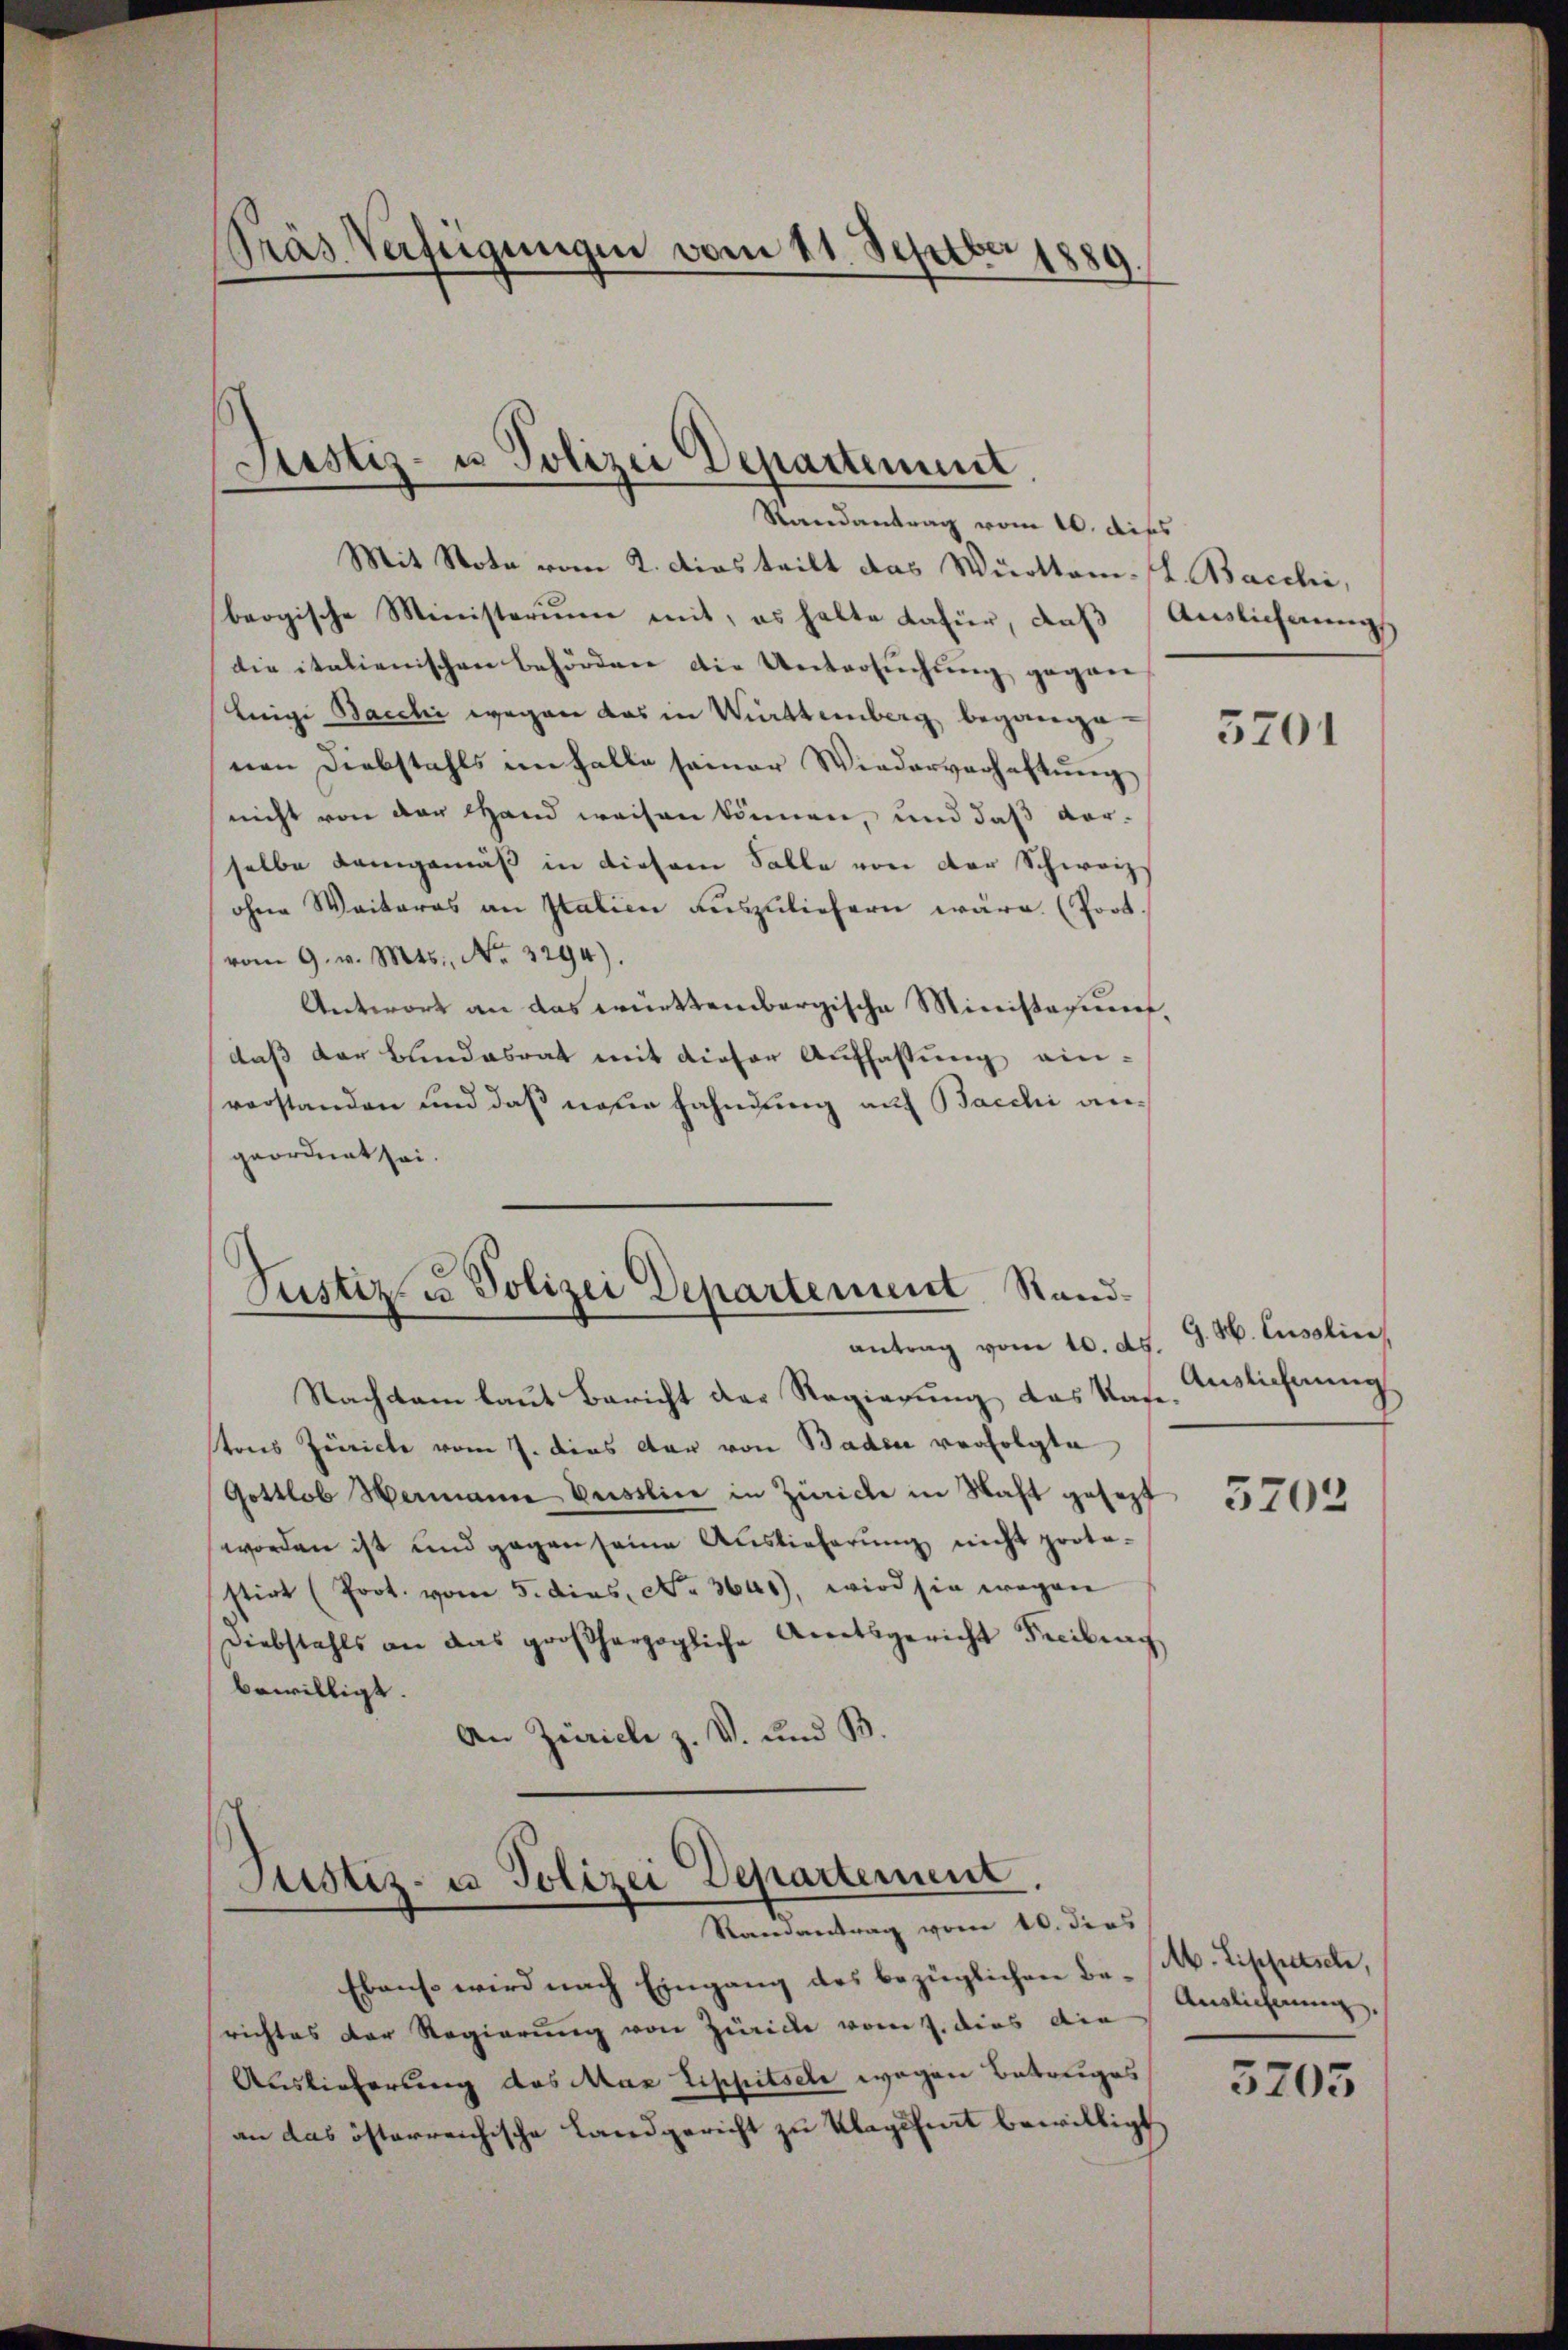
Pras Verfügungen vom 11. Septbr 1889.

Justiz- u Polizei Departement
Randantrag vom 10. dies

Mit Note vom 2. Das teilt das Württem. l. Bacchi,
beogische Ministerium mit, es halte dafür, daβ Aŭslicherŭngs
die italienischen Behörden die Untersuchung gegen¬
Ereige Bacchi wegen das in Württemberg begange
nen Diebstahls im Falle seiner Wiederverhaftung
nicht von der Hand weisen können, und daß vorselbe Kamgemäß in diesem Salle von der Schweiz
ohne Weiteres an Italien auszuliefern wäre. (Port.
vom 9. v. Mts., No. 3294).
Antwort an das württembergische Ministerum,
daß der Blindesrat mit dieser Auffassung ein-
vorstanden und daß neue Fahndung auf Bacchi angeordnet sei.

Justiz u. Polizei Departement Standantrag vom 10. ds.

Nachsam laut Bericht der Regierung das Nase
tons Zürich vom 7. dies der von Baden verfolgte
Gottlob Hermann Busslin in Zürich in Nacht gesezt
worden ist und gegen seine Auslieferung nicht proto-
stirt (Prot. vom 5. dies. No. 3640), wird sie wegen
Diebstahls an das großherzogliche Anratsgericht Freibung
bewilligt.
An Zürich z. V. und B.

Justiz- u Polizei Departement,
Randantrag vom 10. die

Ebenso wird nach Eingang des bezüglichen Be-M. Zippitsch,
richtes der Regierung von Zürich vom 7. dies die
Auslieferung des Max Lippitsche wegen Betreiges
an das österreichische Landgericht zu Klagefert bewilligt,

5701

G. H. Cusslin
Auslieferung

3702

Auslieferung,

5705